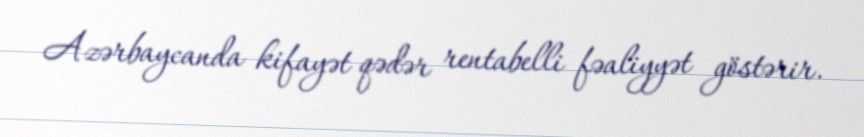
Azərbaycanda kifayət qədər rentabelli fəaliyyət göstərir.